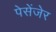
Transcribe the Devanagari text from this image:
पेसेंजेर